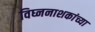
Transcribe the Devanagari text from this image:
विघ्ननाशकांच्या